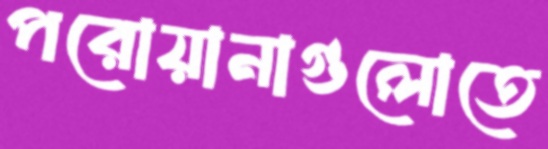
পরোয়ানাগুলোতে